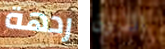
ردهة الذوق